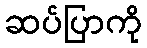
ဆပ်ပြာကို